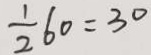
\frac { 1 } { 2 } 6 0 = 3 0